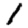
Digit: 1